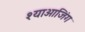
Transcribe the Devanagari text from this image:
श्याओजिंग